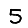
Digit: 5